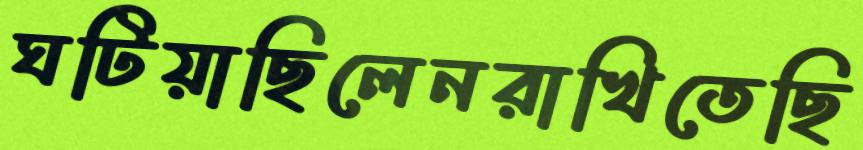
ঘটিয়াছিলেনরাখিতেছি